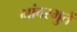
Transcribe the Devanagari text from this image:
भांबरभुतें